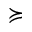
\succcurlyeq